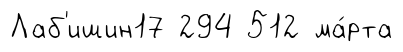
Лаб'ишин17 294 512 ма́рта